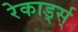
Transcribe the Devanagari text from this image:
रेकार्ड्स्